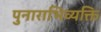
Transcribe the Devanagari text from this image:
पुनाराभिव्यक्ति